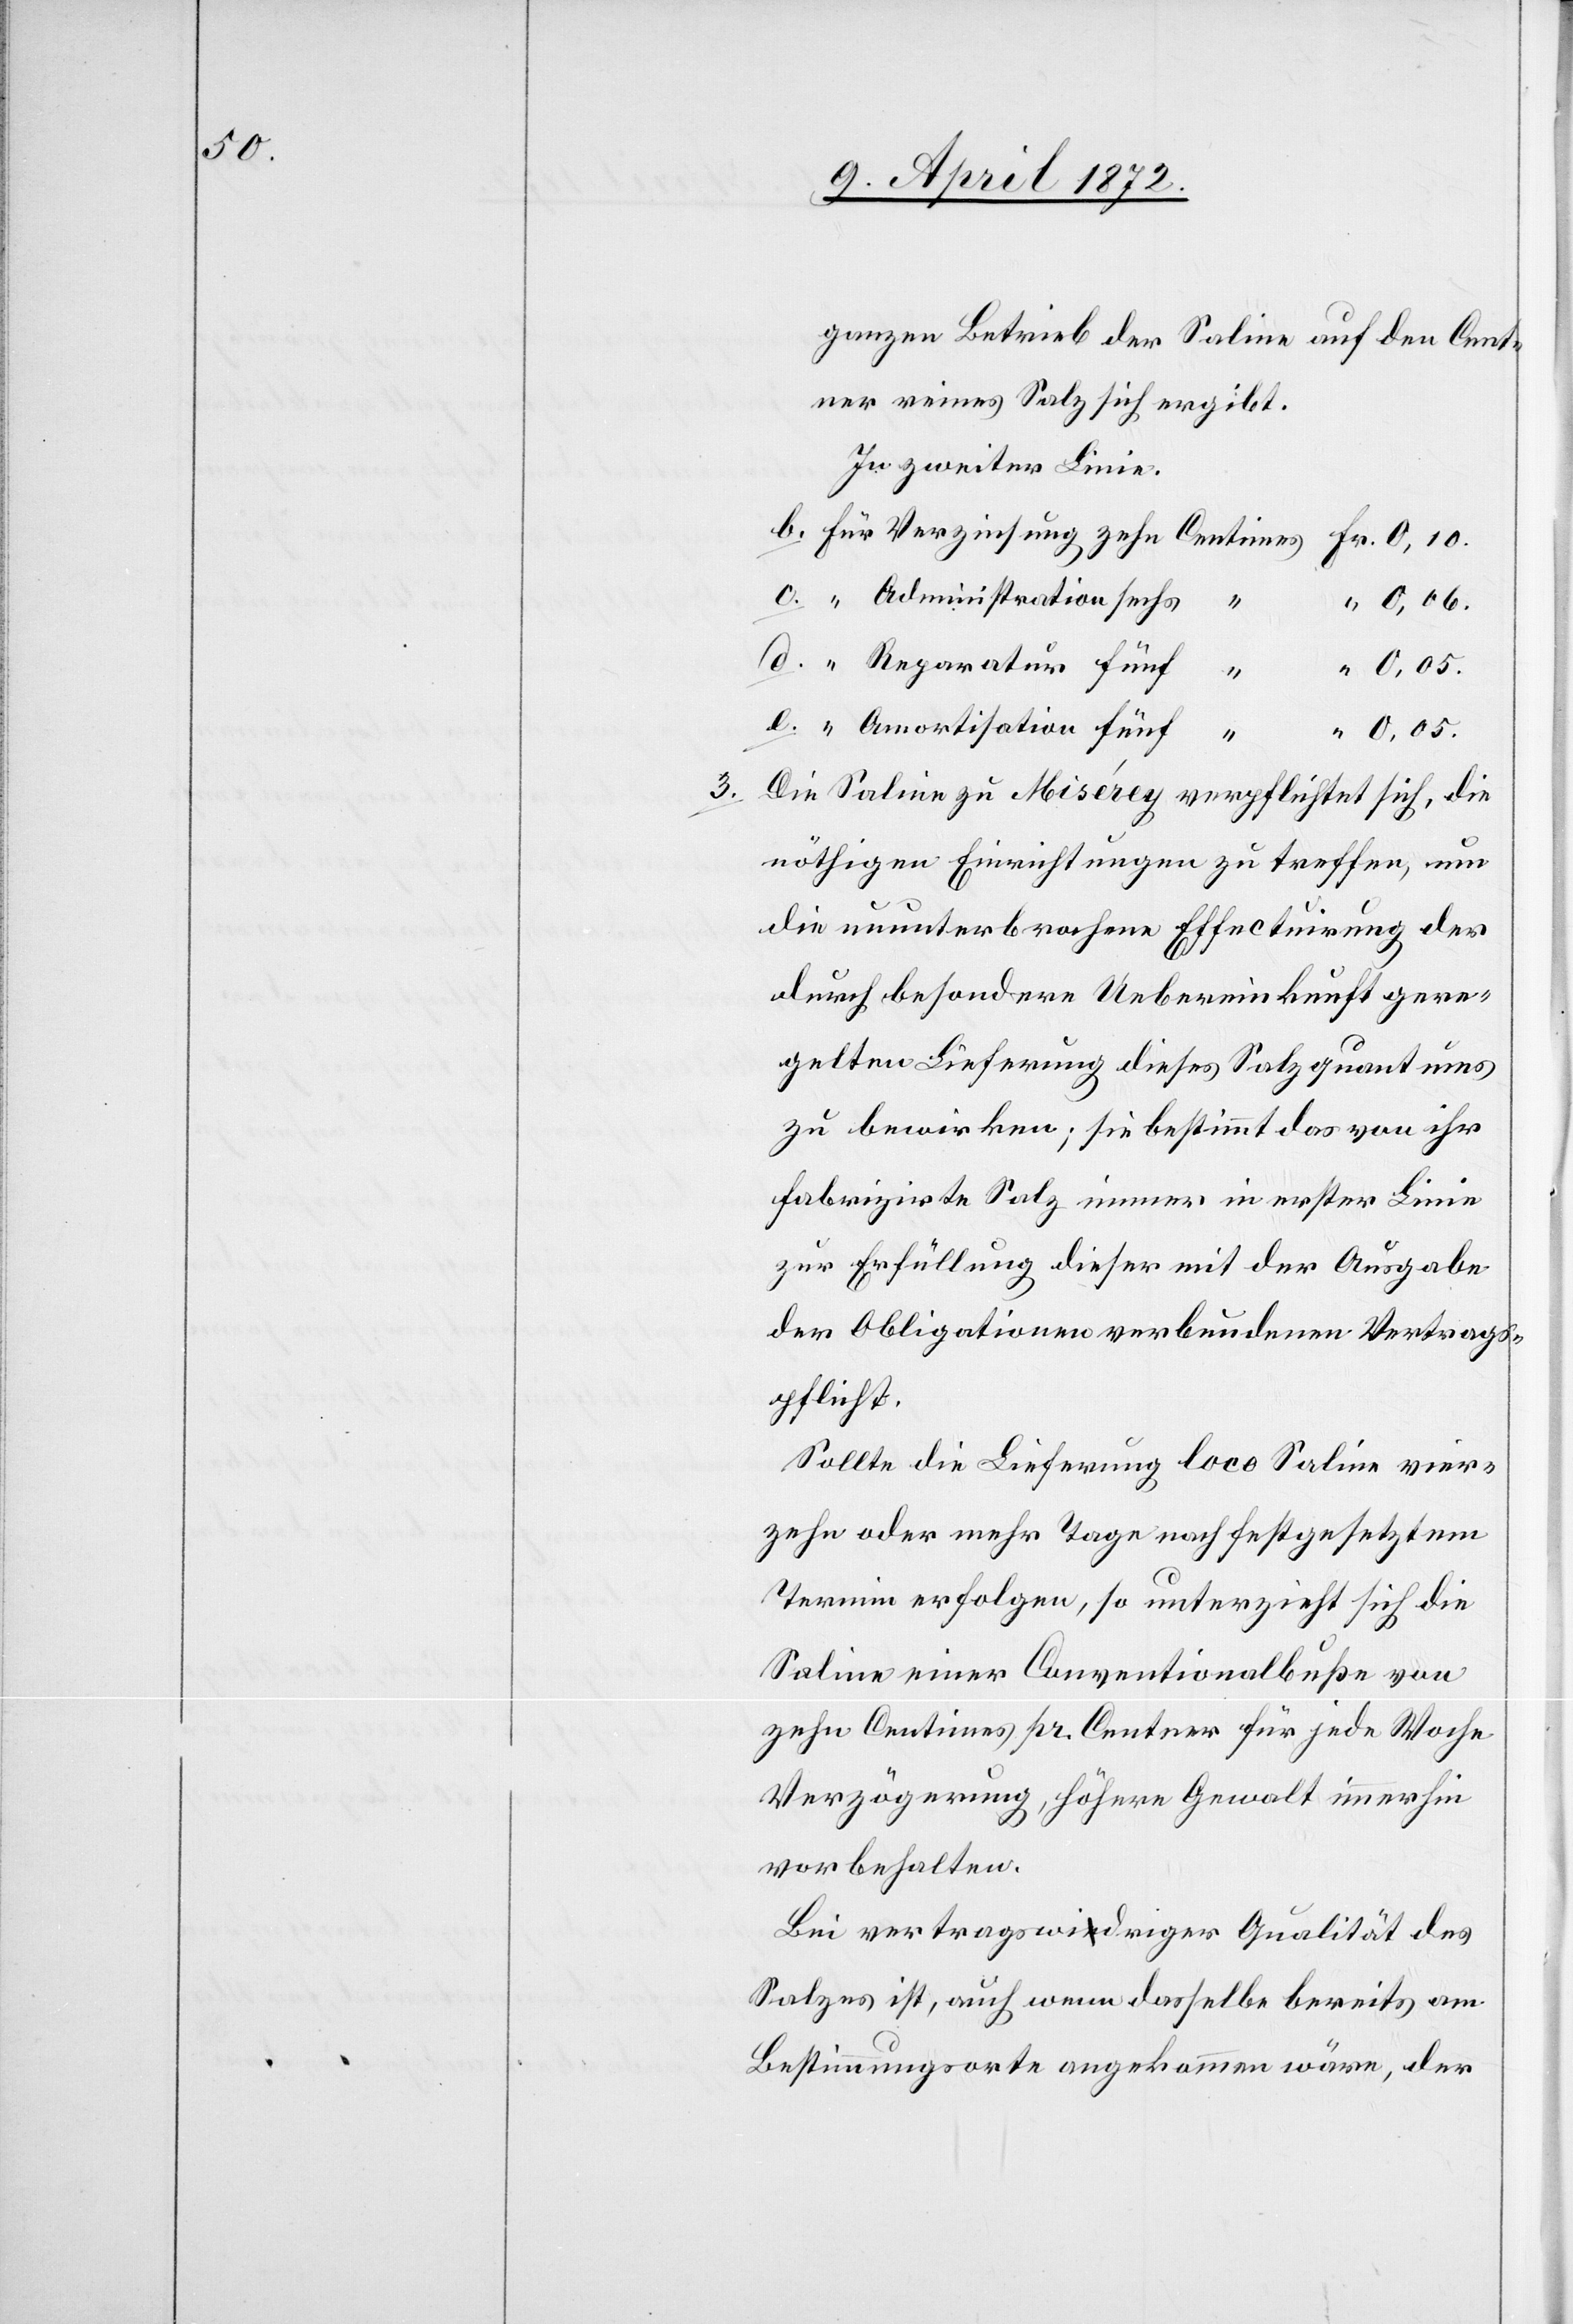
0,10.

c.

ganzen Betrieb der Saline auf den Cent¬
ner reines Salz sich ergibt.
In zweiter Linie.
0,06.
0,05.
3. Die Saline zu Misérey verpflichtet sich, die
nöthigen Einrichtungen zu treffen, um
die ununterbrochene Effectuirung der
durch besondere Uebereinkunft gere¬
gelten Lieferung dieses Salzquantums
zu bewirken; sie bestimmt das von ihr
fabrizirte Salz immer in erster Linie
zur Erfüllung dieser mit der Ausgabe
der Obligationen verbundenen Vertrags¬
pflicht.
Sollte die Lieferung loco Saline vier¬
zehn oder mehr Tage nach festgesetztem
Termin erfolgen, so unterzieht sich die
Saline einer Conventionalbuße von
zehn Centimes pr. Centner für jede Woche
Verzögerung, höhere Gewalt immerhin
vorbehalten.
Bei vertragswidriger Qualität des
Salzes ist, auch wenn dasselbe bereits am
Bestimmungsorte angekommen wäre, der